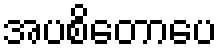
အပစိတောပေ